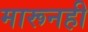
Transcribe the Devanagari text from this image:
मारूनही